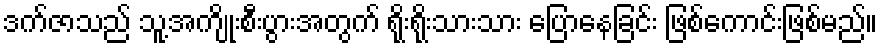
ဒက်ဇာသည် သူ့အကျိုးစီးပွားအတွက် ရိုးရိုးသားသား ပြောနေခြင်း ဖြစ်ကောင်းဖြစ်မည်။